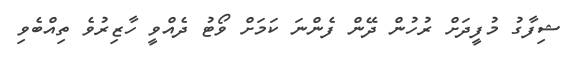
ޝިފާގު މުފީދަށް ރުހުން ދޭން ފެންނަ ކަމަށް ވޯޓު ދެއްވީ ހާޒިރުވެ ތިއްބެވި